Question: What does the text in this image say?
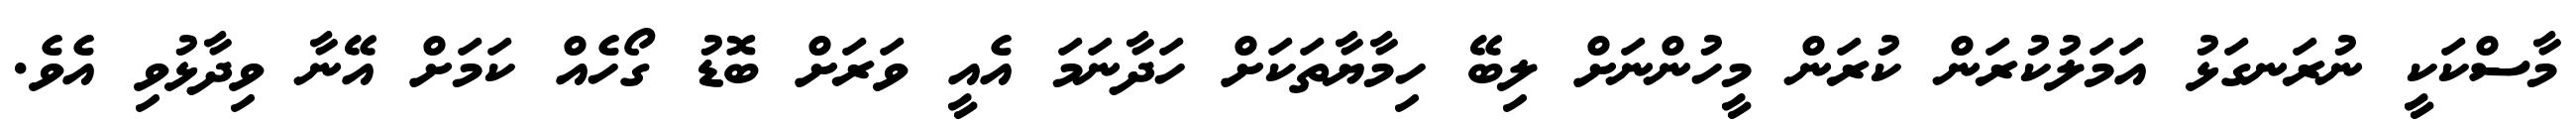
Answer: މާސްކަކީ ނުރަނގަޅު އަމަލުކުރަން ކުރަން މީހުންނަށް ލިބޭ ހިމާޔާތަކަށް ހަދާނަމަ އެއީ ވަރަށް ބޮޑު ގޯހެއް ކަމަށް އޭނާ ވިދާޅުވި އެވެ.